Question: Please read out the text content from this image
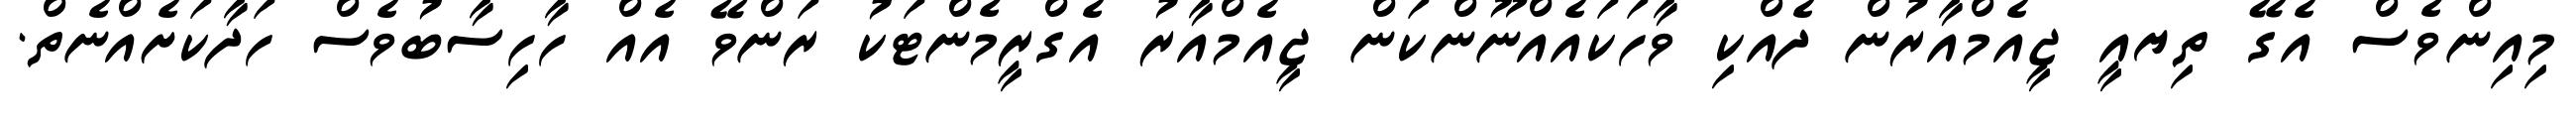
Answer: މިއިންވެސް އެގޭ ތިޔއީ ޖީއެމްއާރުން ދެއްކި ވާހަކައެއްނޫންކަން ޖީއެމްއާރު އެގްރީމެންޓަކު ރަންވޭ އެއް ހާހިސާބުވެސް ހަދާކަށެއްނެތް.